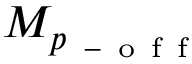
M _ { p _ { \mathrm { ~ - ~ o ~ f ~ f ~ } } }